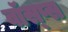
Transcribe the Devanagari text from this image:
वॉस्प्स